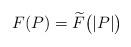
LaTeX: \begin{align*}F (P) = \widetilde{F} \big(|P|\big)\end{align*}